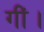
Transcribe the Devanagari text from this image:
गीं।